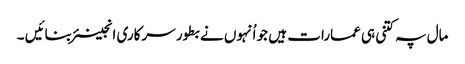
مال پہ کتنی ہی عمارات ہیں جو اُنہوں نے بطور سرکاری انجینئر بنائیں ۔